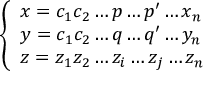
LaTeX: \left\{ \begin{array} { l l } { x = c _ { 1 } c _ { 2 } \ldots p \ldots p ^ { \prime } \ldots x _ { n } } \\ { y = c _ { 1 } c _ { 2 } \ldots q \ldots q ^ { \prime } \ldots y _ { n } } \\ { z = z _ { 1 } z _ { 2 } \ldots z _ { i } \ldots z _ { j } \ldots z _ { n } } \end{array} \right.